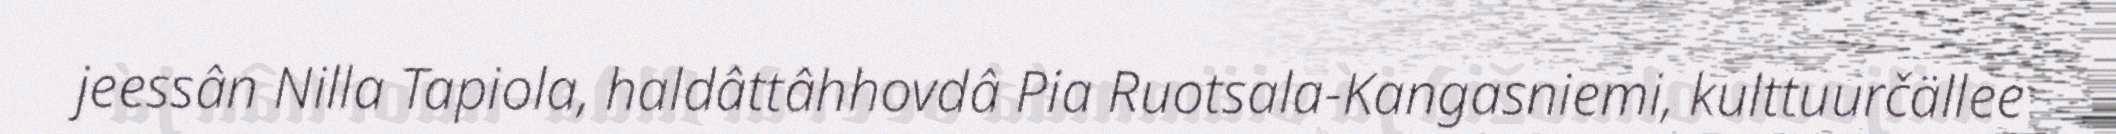
jeessân Nilla Tapiola, haldâttâhhovdâ Pia Ruotsala-Kangasniemi, kulttuurčällee